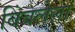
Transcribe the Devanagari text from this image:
बिंबलेला